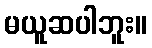
မယူဆပါဘူး။